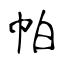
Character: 帕